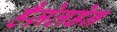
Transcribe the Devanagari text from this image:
हैज़ेलडेन